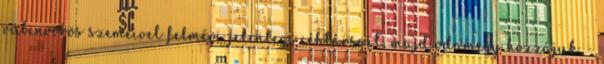
rubinvörös szemeivel felméri jelenlegi céhtársait, majd odamegy hozzájuk. -